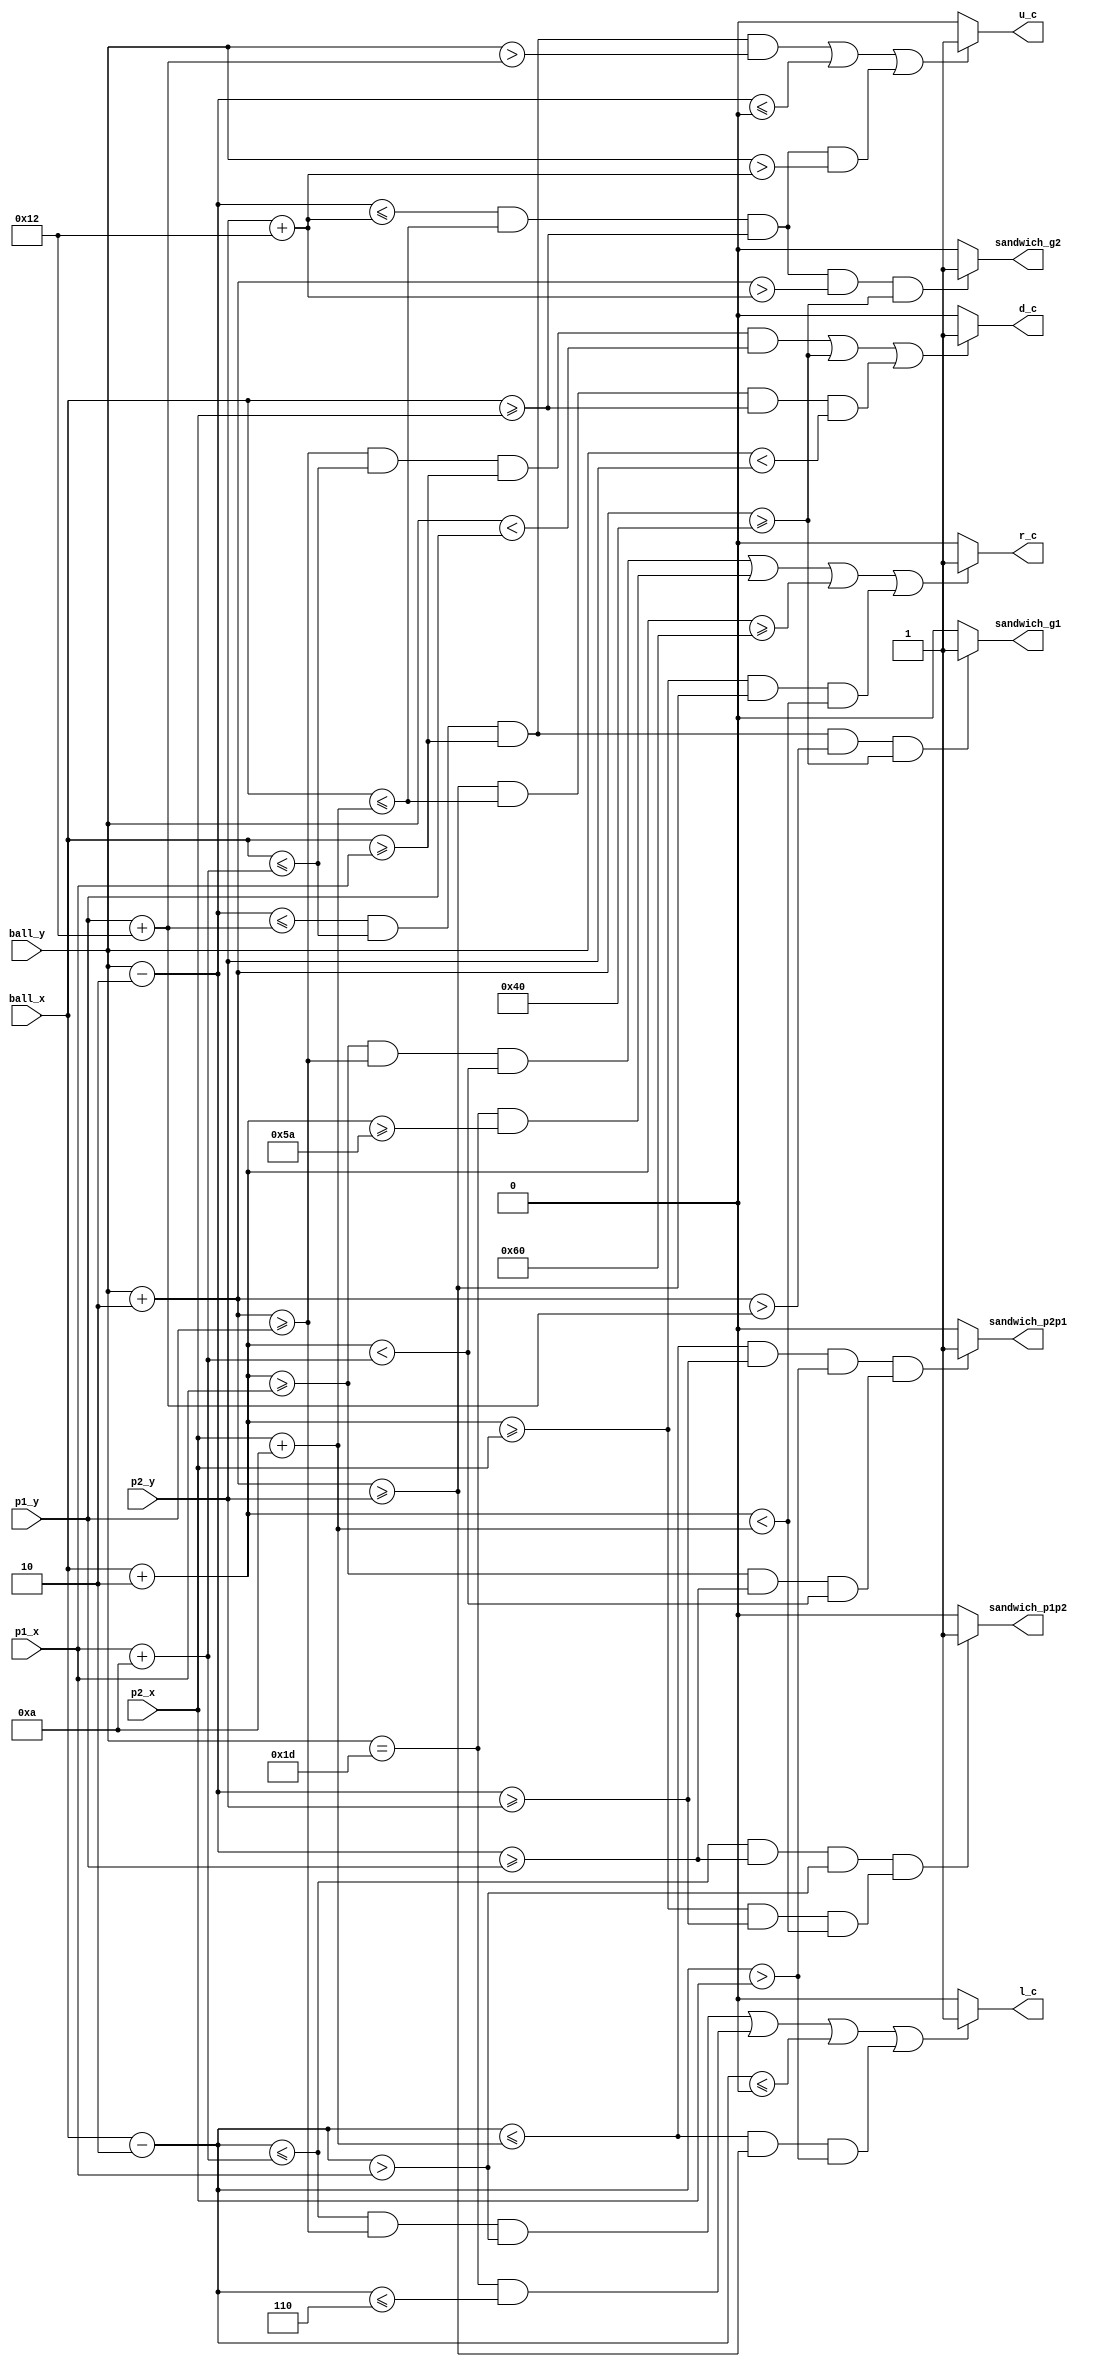
`timescale 1ns / 1ps
//////////////////////////////////////////////////////////////////////////////////
// Company: 
// Engineer: 
// 
// Design Name: 
// Module Name: collision_ball
// Project Name: 
// Target Devices: 
// Tool Versions: 
// Description: 
// 
// Dependencies: 
// 
// Revision:
// Revision 0.01 - File Created
// Additional Comments:
// 
//////////////////////////////////////////////////////////////////////////////////


module collision_ball(input [7:0] p1_x, p1_y, p2_x, p2_y, ball_x, ball_y, 
    output l_c, r_c, u_c, d_c, sandwich_p1p2, sandwich_p2p1, sandwich_g1, sandwich_g2);
    wire [7:0] p1_left, p1_right, p1_up, p1_down;
    wire [7:0] p2_left, p2_right, p2_up, p2_down;
    wire [7:0] ball_left, ball_right, ball_up, ball_down;
    assign p1_left = p1_x;
    assign p1_right = p1_x + 10;
    assign p1_up = p1_y;
    assign p1_down = p1_y + 18;
    assign p2_left = p2_x;
    assign p2_right = p2_x + 10;
    assign p2_up = p2_y;
    assign p2_down = p2_y + 18;
    assign ball_left = ball_x - 2;
    assign ball_right = ball_x + 2;
    assign ball_up = ball_y - 2;
    assign ball_down = ball_y + 2;
    
    assign l_c =  ((ball_left <= p1_right && ball_down >= p1_up && ball_left > p1_left) ||
                    (ball_y == 29 && ball_left <= 6) ||
                    (ball_left <= 0) ||
                    (ball_left <= p2_right && ball_down >= p2_up && ball_left > p2_left)) ? 1 : 0;
                    
    assign r_c =  ((ball_right >= p1_left && ball_down >= p1_up && ball_right < p1_right) ||
                    (ball_y == 29 && ball_right >= 90) ||
                    (ball_right >= 96) ||
                    (ball_right >= p2_left && ball_down >= p2_up && ball_right < p2_right)) ? 1 : 0;
                    
    assign u_c =  ((ball_up <= p1_down && ball_x <= p1_right && ball_x >= p1_left && ball_y > p1_down) ||
                    (ball_up <= 0) ||
                    (ball_up <= p2_down && ball_x <= p2_right && ball_x >= p2_left && ball_y > p2_down)) ? 1 : 0;
                                        
    assign d_c =  ((ball_down >= p1_up && ball_x <= p1_right && ball_x >= p1_left && ball_y < p1_up) ||
                    (ball_down >= 64) ||
                    (ball_down >= p2_up && ball_x <= p2_right && ball_x >= p2_left && ball_y < p2_up)) ? 1 : 0;
                    
    assign sandwich_p1p2 = ((ball_left <= p1_right && ball_up >= p1_up && ball_left > p1_left) &&
                            (ball_right >= p2_left && ball_up >= p2_up && ball_right < p2_right)) ? 1 : 0;
    assign sandwich_p2p1 = ((ball_left <= p2_right && ball_up >= p2_up && ball_left > p2_left) &&
                            (ball_right >= p1_left && ball_up >= p1_up && ball_right < p1_right)) ? 1 : 0;
    assign sandwich_g1 = ((ball_up <= p1_down && ball_x <= p1_right && ball_x >= p1_left && ball_down > p1_down) && ball_down >= 64) ? 1 : 0;
    assign sandwich_g2 = ((ball_up <= p2_down && ball_x <= p2_right && ball_x >= p2_left && ball_down > p2_down) && ball_down >= 64) ? 1 : 0;
endmodule